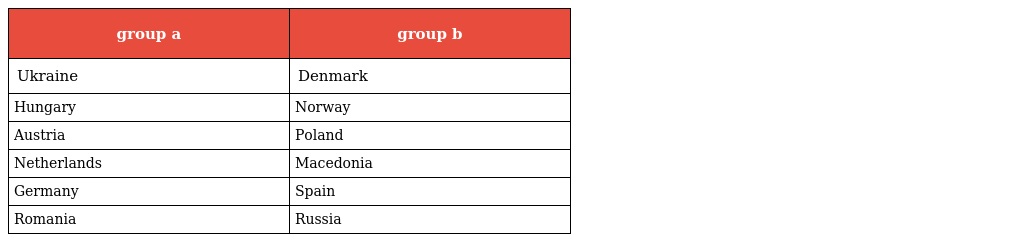
| group a | group b |
 | --- | --- |
 | Ukraine | Denmark |
 | Hungary | Norway |
 | Austria | Poland |
 | Netherlands | Macedonia |
 | Germany | Spain |
 | Romania | Russia |